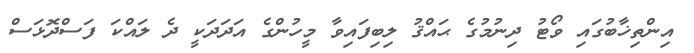
އިންތިޚާބުގައި ވޯޓު ދިނުމުގެ ޙައްޤު ލިބިފައިވާ މީހުންގެ އަދަދަކީ ދެ ލައްކަ ފަސްދޮޅަސް